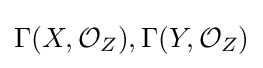
\Gamma (X,{\mathcal {O}}_{Z}),\Gamma (Y,{\mathcal {O}}_{Z})